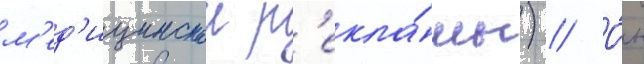
м'ед'ицинскои р'екла́мы) // О́н